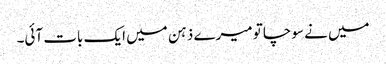
میں نے سوچا تو میرے ذہن میں ایک بات آئی۔